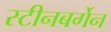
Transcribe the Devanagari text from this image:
स्टीनबर्गेन